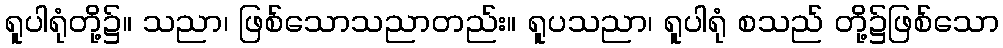
ရူပါရုံတို့၌။ သညာ၊ ဖြစ်သောသညာတည်း။ ရူပသညာ၊ ရူပါရုံ စသည် တို့၌ဖြစ်သော